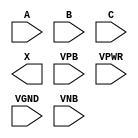
module sky130_fd_sc_ms__maj3 (
    //# {{data|Data Signals}}
    input  A   ,
    input  B   ,
    input  C   ,
    output X   ,

    //# {{power|Power}}
    input  VPB ,
    input  VPWR,
    input  VGND,
    input  VNB
);
endmodule